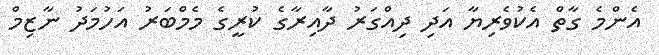
އެންމެ ގާތް އެކުވެރިޔާ އަދި ދިއްގަރު ދާއިރާގެ ކުރީގެ މެމްބަރު އަހުމަދު ނާޒިމް